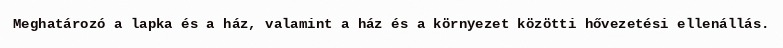
Meghatározó a lapka és a ház, valamint a ház és a környezet közötti hővezetési ellenállás.